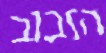
הזבוב